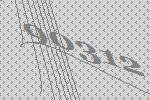
90312